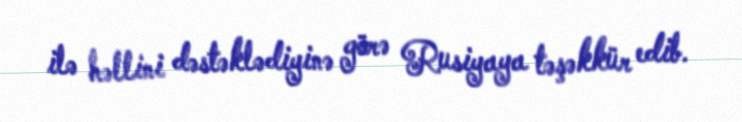
ilə həllini dəstəklədiyinə görə Rusiyaya təşəkkür edib.